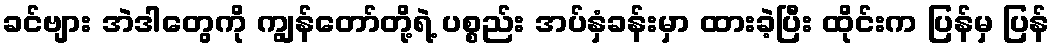
ခင်ဗျား အဲဒါတွေကို ကျွန်တော်တို့ရဲ့ ပစ္စည်း အပ်နှံခန်းမှာ ထားခဲ့ပြီး ထိုင်းက ပြန်မှ ပြန်